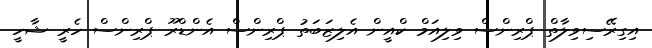
އިގިރޭސިވިލާތް ޕްރިންސް ވިލިއަމް ކްއީން އެލިޒަބަތު ޕްރިންސް އެންޑްރޫ ޕްރިންސް ހެރީ ޝާހީ